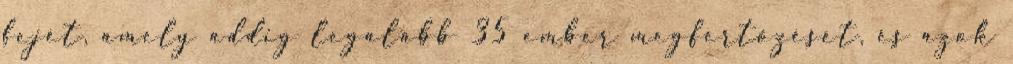
fejét, amely addig legalább 35 ember megfertőzését, és azok